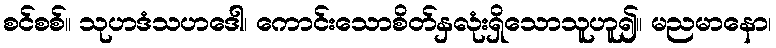
စင်စစ်။ သုဟဒံသဟဒေါ၊ ကောင်းသောစိတ်နှလုံးရှိသောသူဟူ၍။ မညမာနော၊